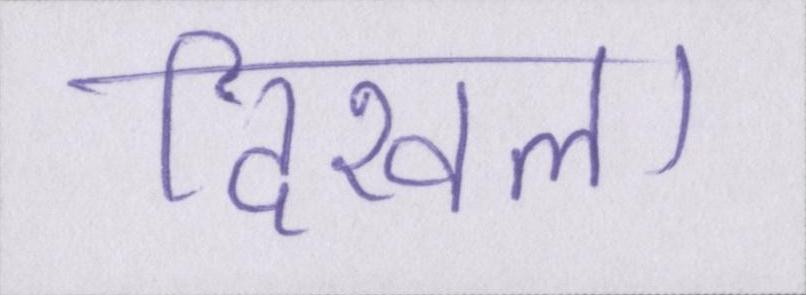
दिखला